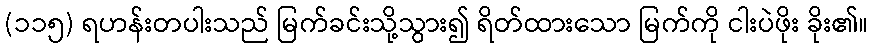
(၁၁၅) ရဟန်းတပါးသည် မြက်ခင်းသို့သွား၍ ရိတ်ထားသော မြက်ကို ငါးပဲဖိုး ခိုး၏။